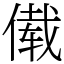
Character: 傤